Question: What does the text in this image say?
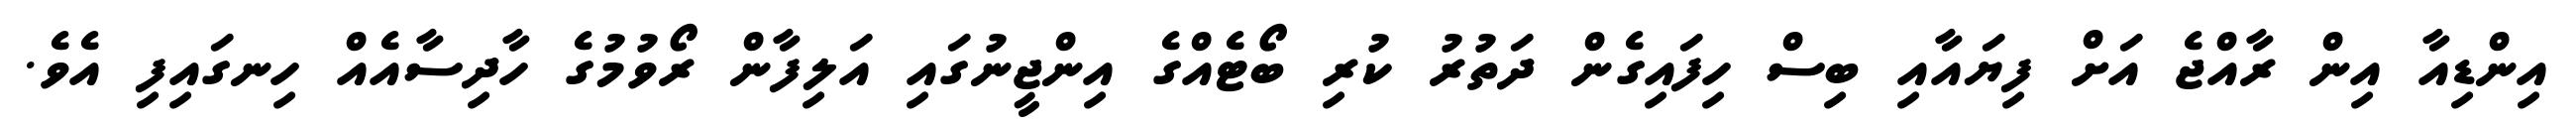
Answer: އިންޑިއާ އިން ރާއްޖެ އަށް ފިޔައާއި ބިސް ހިފައިގެން ދަތުރު ކުރި ބޯޓެއްގެ އިންޖީނުގައި އަލިފާން ރޯވުމުގެ ހާދިސާއެއް ހިނގައިފި އެވެ.